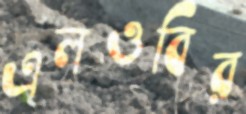
এলওবির